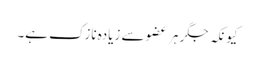
کیونکہ جگر ہر عضو سے زیادہ نازک ہے۔